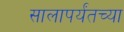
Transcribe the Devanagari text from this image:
सालापर्यंतच्या